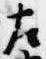
左